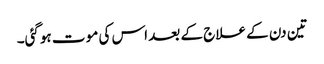
تین دن کے علاج کے بعد اس کی مو ت ہوگئی۔